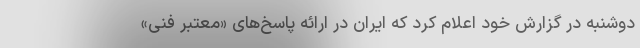
دوشنبه در گزارش خود اعلام کرد که ایران در ارائه پاسخ‌های «معتبر فنی»